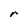
Character: r